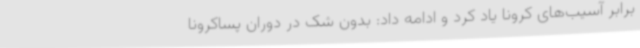
برابر آسیب‌های کرونا یاد کرد و ادامه داد: بدون شک در دوران پساکرونا